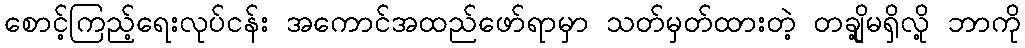
စောင့်ကြည့်ရေးလုပ်ငန်း အကောင်အထည်ဖော်ရာမှာ သတ်မှတ်ထားတဲ့ တချို့မရှိလို့ ဘာကို